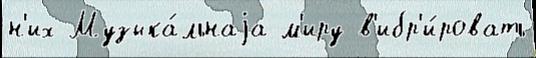
н'их Музыка́льнаjа м'иру в'ибр'и́ровать